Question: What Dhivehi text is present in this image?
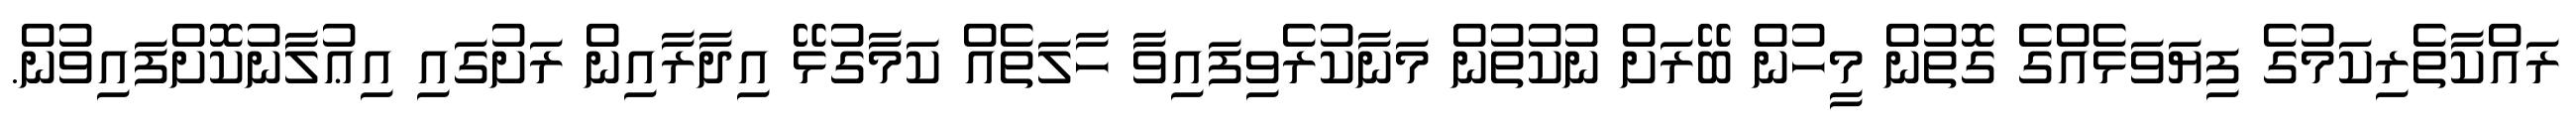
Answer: ރައްކާތެރިކަމުގެ ފިޔަވަޅެއްގެ ގޮތުން މީހުން ބޭރަށް ނުކުތުން މަނާކުރެވިފައިވާ ހާލަތެއް ކަމާގުޅޭ އިދާރާއިން ރަށުގައި އިޢުލާނުކޮށްފައިވުން.